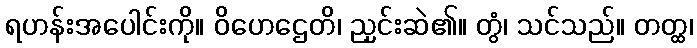
ရဟန်းအပေါင်းကို။ ဝိဟေဌေတိ၊ ညှင်းဆဲ၏။ တွံ၊ သင်သည်။ တတ္ထ၊